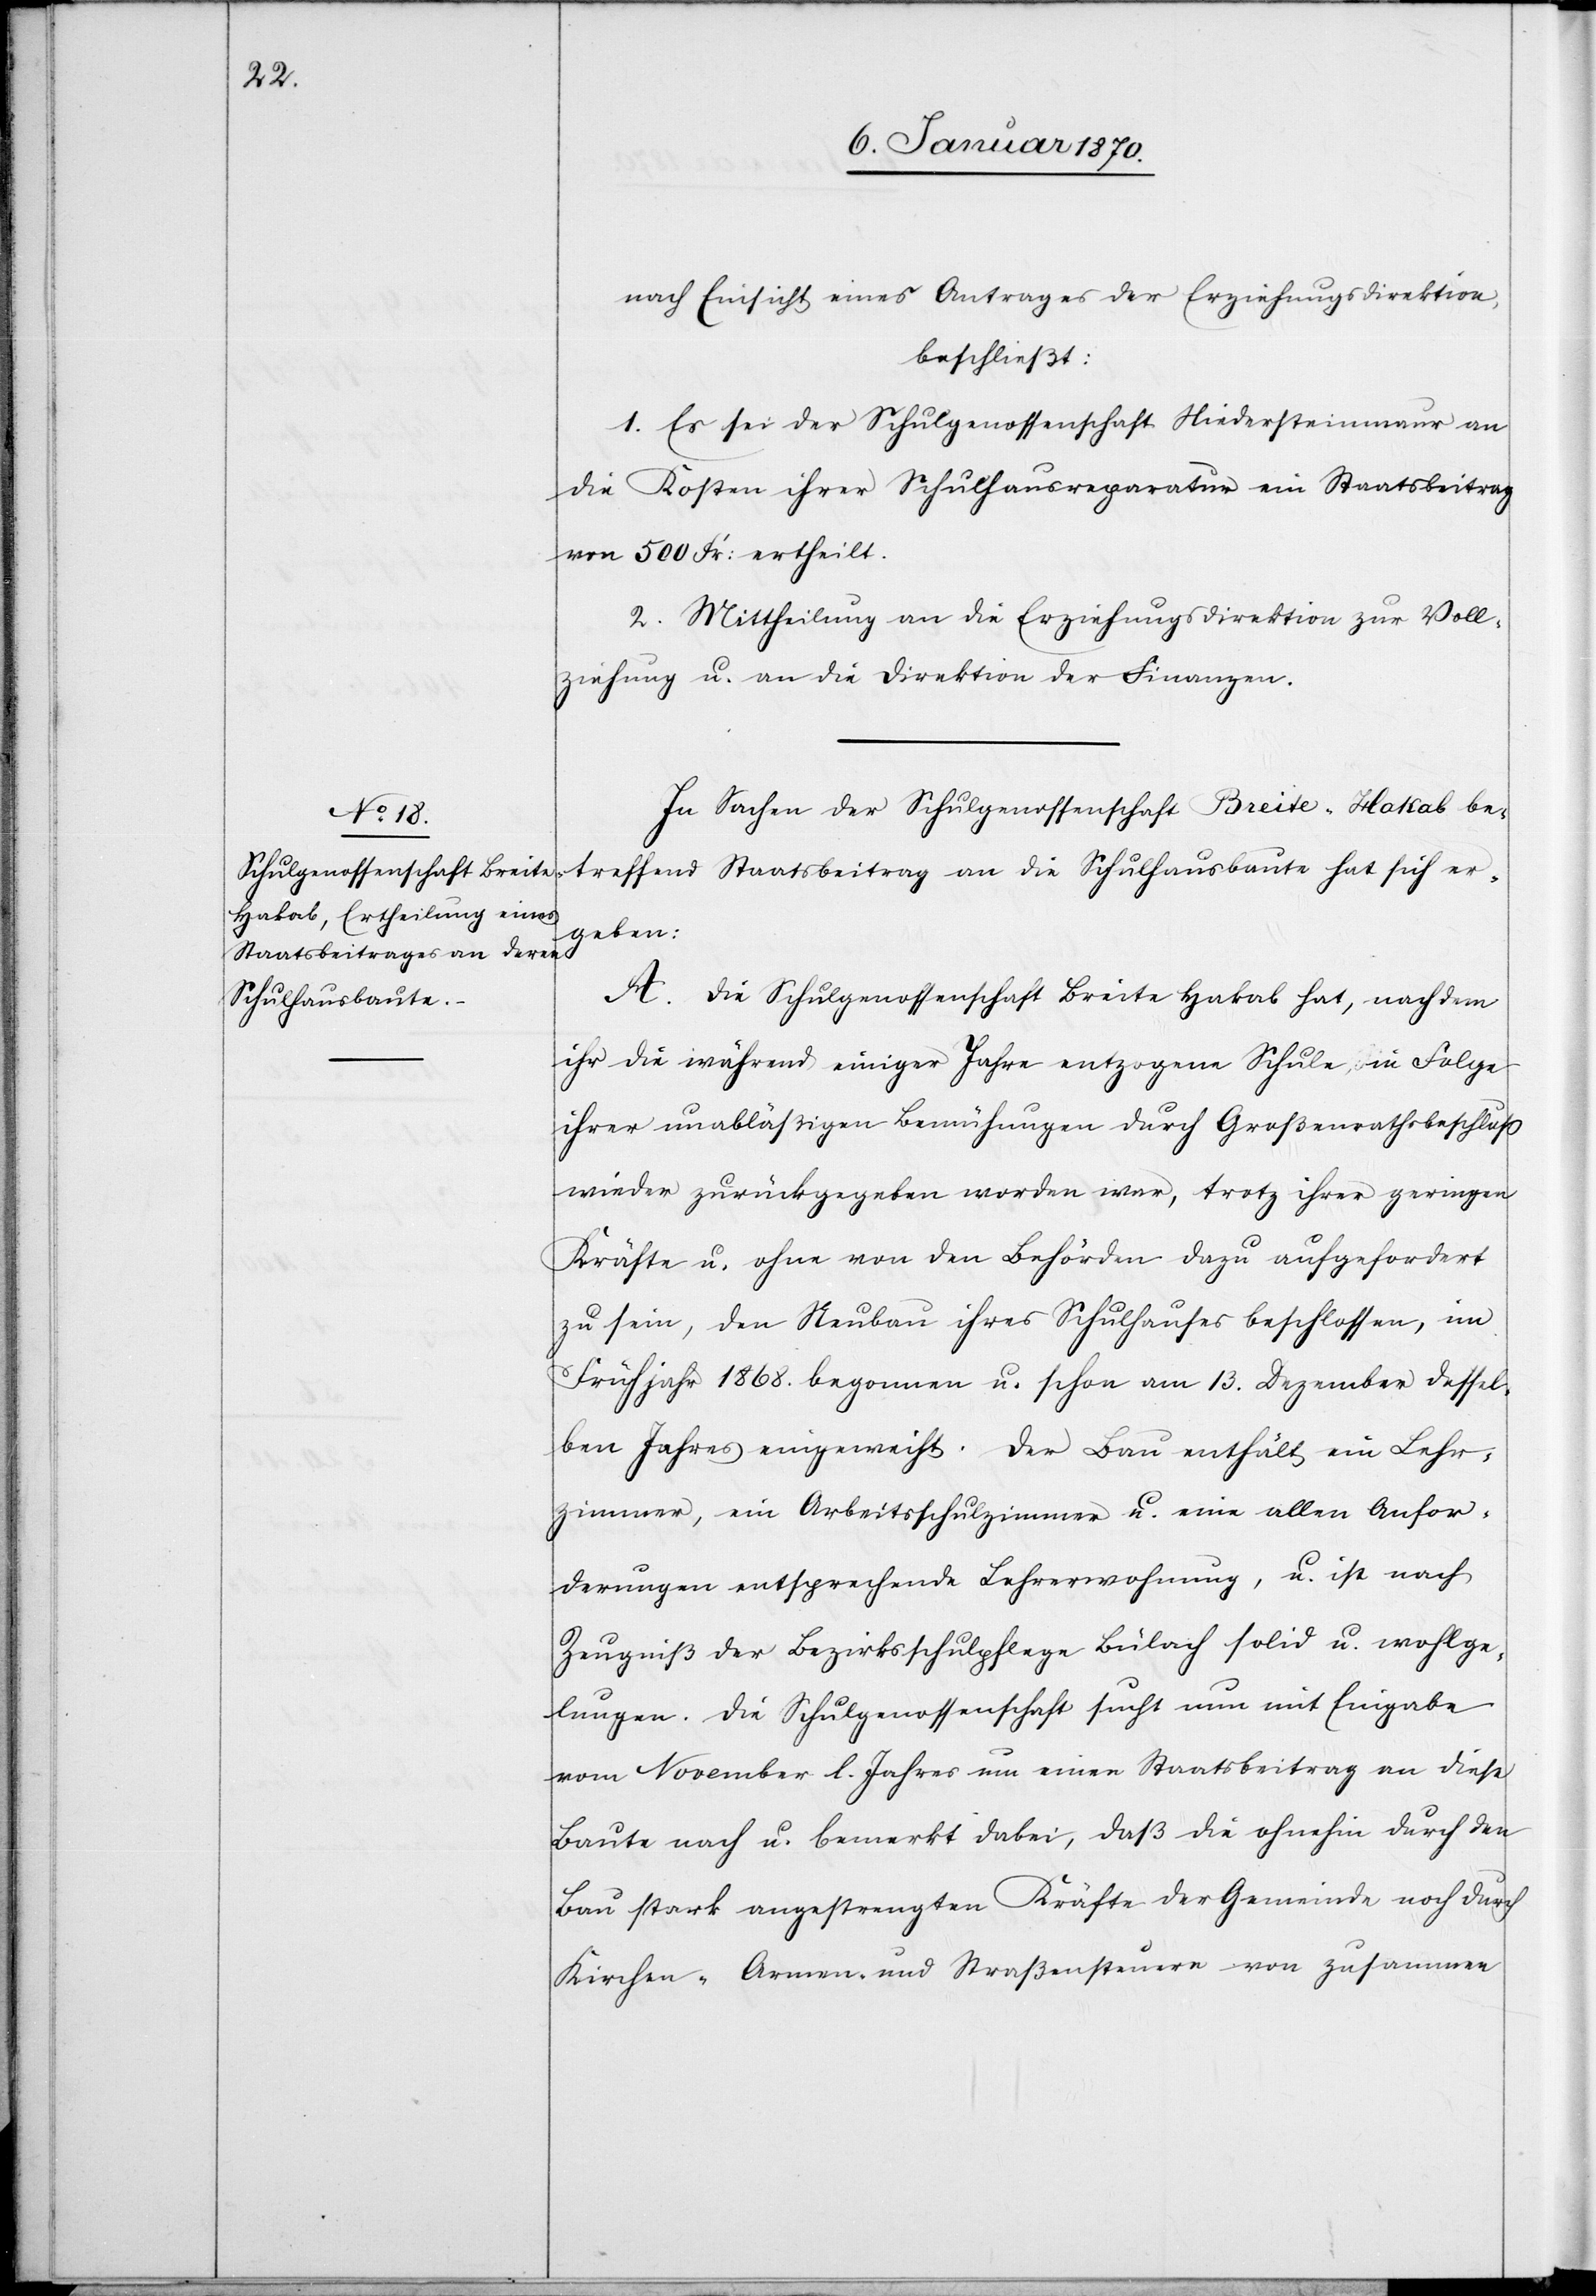
nach Einsicht eines Antrages der Erziehungsdirektion,
beschließt:
1. Es sei der Schulgenossenschaft Niedersteinmaur an
die Kosten ihrer Schulhausreparatur ein Staatsbeitrag
von 500 Fr: ertheilt.
2. Mittheilung an die Erziehungsdirektion zur Voll¬
ziehung u. an die Direktion der Finanzen.
In Sachen der Schulgenossenschaft Breite-Hakab be¬
treffend Staatsbeitrag an die Schulhausbaute hat sich er¬
geben:
A. Die Schulgenossenschaft Breite Hakab hat, nachdem
ihr die während einiger Jahre entzogene Schule in Folge
ihrer unabläßigen Bemühungen durch Großenrathbeschluß
wieder zurückgegeben worden war, trotz ihrer geringen
Kräfte u. ohne von den Behörden dazu aufgefordert
zu sein, den Neubau ihres Schulhauses beschlossen, im
Frühjahr 1868. begonnen u. schon am 13. Dezember dessel¬
ben Jahres eingeweiht. Der Bau enthält ein Lehr¬
zimmer, ein Arbeitsschulzimmer u. eine allen Anfor¬
derungen entsprechende Lehrerwohnung, u. ist nach
Zeugniß der Bezirksschulpflege Bülach solid u. wohlge¬
lungen. Die Schulgenossenschaft sucht nun mit Eingabe
vom November l. Jahres um einen Staatsbeitrag an diese
Baute nach u. bemerkt dabei, daß die ohnehin durch den
Bau stark angestrengten Kräfte der Gemeinde noch durch
Kirchen-[,] Armen- und Straßensteuern von zusammen